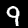
Digit: 9